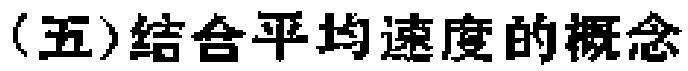
（五）结合平均速度的概念